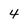
Character: 4